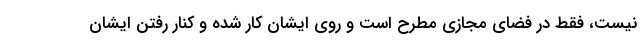
نیست، فقط در فضای مجازی مطرح است و روی ایشان کار شده و کنار رفتن ایشان